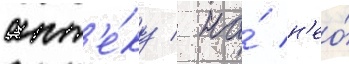
апт'е́ку / на́ н'ео́